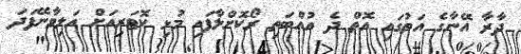
ދާރާ އޭނާގެ އަތުގައި އޮތް ދެ އުއްބަތި ރޯކޮށްލާފައި މުޅި ކޮޓަރިއަށް އަލިވާނޭފަދަ